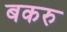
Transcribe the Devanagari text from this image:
बकरु